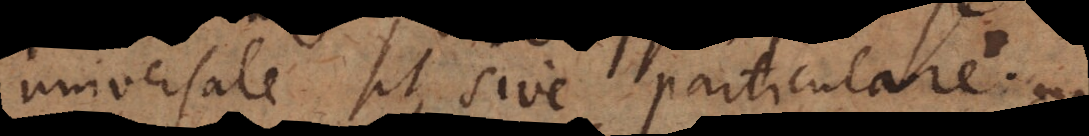
universale sit, sive particulare.